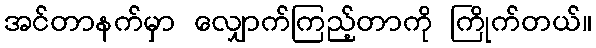
အင်တာနက်မှာ လျှောက်ကြည့်တာကို ကြိုက်တယ်။